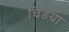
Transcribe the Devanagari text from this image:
चिडया